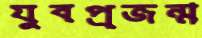
যুবপ্রজন্ম